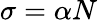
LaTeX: \sigma=\alpha N